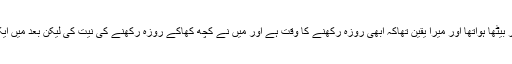
تو حضرت اقدس مسیح موعود علیہ السلام سے کسی نے سوال کیا کہ مَیں مکان کے اندر بیٹھا ہواتھا اور میرا یقین تھاکہ ابھی روزہ رکھنے کا وقت ہے اور مَیں نے کچھ کھاکے روزہ رکھنے کی نیت کی لیکن بعد میں ایک دوسرے شخص سے معلوم ہواکہ اس وقت سفیدی ظاہر ہو گئی تھی اب مَیں کیاکروں۔